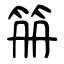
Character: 笧